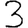
Digit: 3